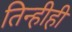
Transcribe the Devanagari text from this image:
तिन्हीही